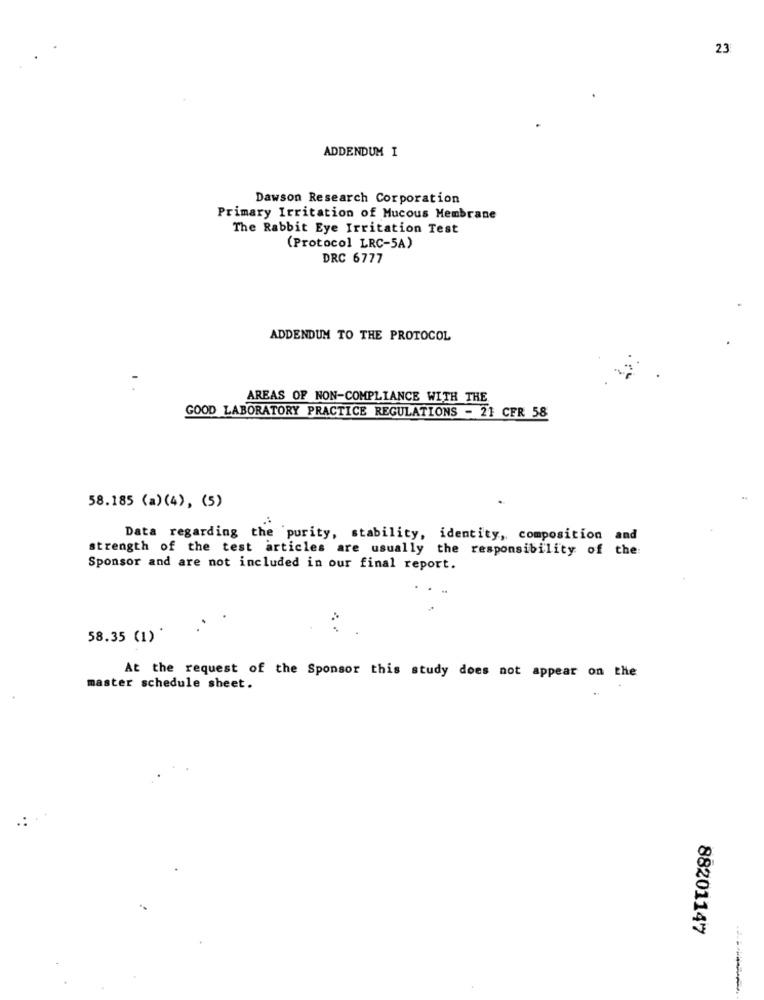
23
ADDENDUM I
Dawson Research Corporation
Primary Irritation of Mucous Membrane
The Rabbit Eye Irritation Test
(Protocol LRC-5A)
DRC 6777
ADDENDUM TO THE PROTOCOL
AREAS OF NON-COMPLIANCE WITH THE
GOOD LABORATORY PRACTICE REGULATIONS - 21 CFR 58
58.185 (a) (4), (5)
Data regarding the purity, stability, identity, composition and
strength of the test articles are usually the responsibility of the:
Sponsor and are not included in our final report.
58.35 (1)*
At the request of the Sponsor this study does not appear on the
master schedule sheet.
88201147